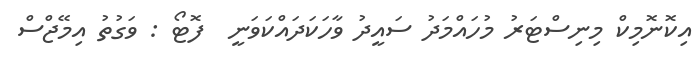
އިކޮނޮމިކް މިނިސްޓަރު މުހައްމަދު ސައީދު ވާހަކަދައްކަވަނީ  ފޮޓޯ : ވަގުތު އިމޭޖްސް